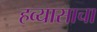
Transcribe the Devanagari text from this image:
हव्यासाचा